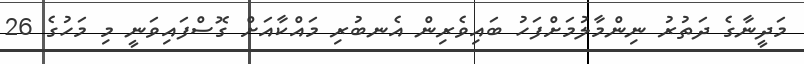
މަދީނާގެ ދަތުރު ނިންމާލުމަށްފަހު ބައިވެރިން އެނބުރި މައްކާއަށް ގޮސްފައިވަނީ މި މަހުގެ 26